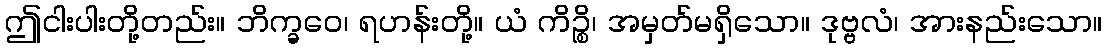
ဤငါးပါးတို့တည်း။ ဘိက္ခဝေ၊ ရဟန်းတို့။ ယံ ကိဉ္စိ၊ အမှတ်မရှိသော။ ဒုဗ္ဗလံ၊ အားနည်းသော။